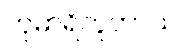
ကုမာရိဘူတာယ